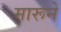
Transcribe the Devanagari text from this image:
मारूने